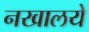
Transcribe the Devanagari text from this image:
नखालये